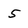
Character: 5